Vaccination in Bombay 1902-1912 - 1902-1912
Year: 1902
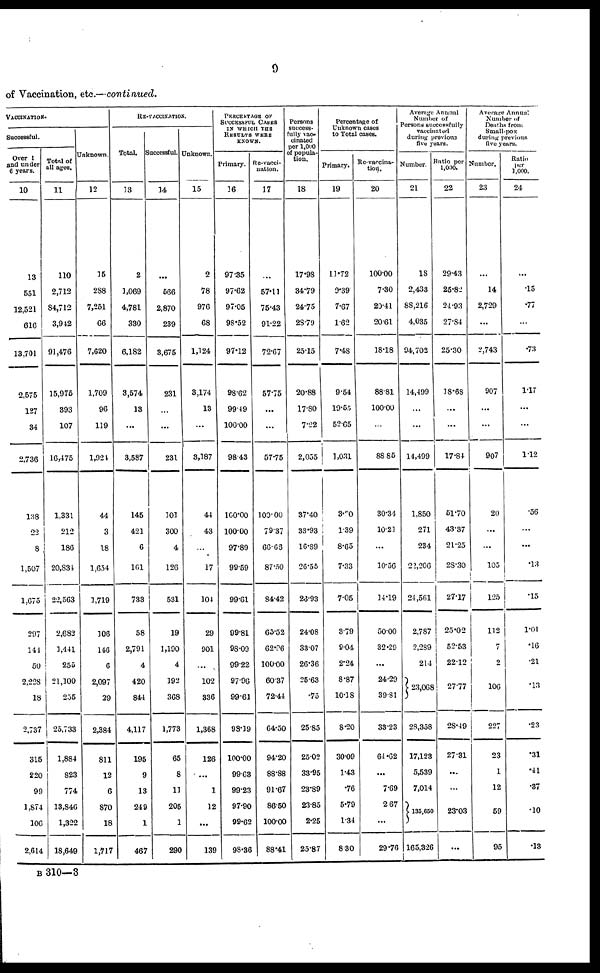
9
of Vaccination, etc.—continued.
VACCINATION.
Successful.
Over 1
and under
6 years.
10
13
551
12,521
616
13,701
2,575
127
34
2,736
138
22
8
1,507
1,675
297
141
50
2,228
18
2,737
315
220
99
1,874
106
2,614
Total of
all ages.
11
110
2,712
84,712
3,942
91,476
15,975
393
107
16,475
1,331
212
186
20,834
22,563
2,682
1,441
255
21,100
255
25,733
1,884
823
774
13,846
1,322
18,649
Unknown.
12
15
288
7,251
66
7,620
1,709
96
119
1,924
44
3
18
1,654
1,719
106
146
6
2,097
29
2,384
811
12
6
870
18
1,717
RE-VACCINATION.
Total.
13
2
1,069
4,781
330
6,182
3,574
13
...
3,587
115
421
6
161
733
58
2,791
4
420
844
4,117
195
9
13
249
1
467
Successful.
14
...
566
2,870
239
3,675
231
...
...
231
101
300
4
126
531
19
1,190
4
192
368
1,773
65
8
11
205
1
290
Unknown.
15
2
78
976
68
1,124
3,174
13
...
3,187
44
43
...
17
104
29
901
...
102
336
1,368
126
...
1
12
...
139
PERCENTAGE OF
SUCCESSFUL CASES
IN WHICH THE
RESULTS WERE
KNOWN.
Primary.
16
97.35
97.62
97.05
98.52
97.12
98.62
99.49
100.00
98.43
100.00
100.00
97.89
99.59
99.61
99.81
98.09
99.22
97.96
99.61
98.19
100.00
99.63
99.23
97.90
99.62
98.36
Re-vacci-
nation.
17
...
57.11
75.43
91.22
72.67
57.75
...
...
57.75
100.00
79.37
66.66
87.50
84.42
65.52
62.96
100.00
60.37
72.44
64.50
94.20
88.88
91.67
86.50
100.00
88.41
Persons
success-
fully vac-
cinated
per l,000
of popula-
tion.
18
17.98
34.79
24.75
28.79
25.15
20.88
17.80
7.22
2,055
37.40
33.93
16.89
26.55
26.93
24.08
33.07
26.36
25.63
.75
25.85
25.02
33.95
23.89
23.85
2.25
25.87
Percentage of
Unknown cases
to Total cases.
Primary.
19
11.72
9.39
7.67
1.62
7.48
9.54
19.55
52.65
1,031
3.20
1.39
8.65
7.33
7.05
3.79
9.04
2.24
8.87
10.18
8.20
30.09
1.43
.76
5.79
1.34
8.30
Re-vaccina¬
tion.
20
100.00
7.30
20.41
20.61
18.18
88.81
100.00
...
88.85
30.34
10.21
...
10.56
14.19
50.00
32.29
...
24.29
39.81
33.23
64.62
...
7.69
2.67
...
29.76
Average Annual
Number of
Persons successfully
vaccinated
during previous
five years.
Number.
21
18
2,433
88,216
4,035
94,702
14,499
...
...
14,499
1,850
271
234
22,206
24,561
2,787
2,239
214
23,068
28,358
17,123
5,539
7,014
135,650
165,326
Ratio per
1,000.
22
29.43
25.82
24.93
27.84
25.30
18.68
...
...
17.84
51.70
43.37
21.25
28.30
27.17
25.02
52.53
22.12
27.77
28.49
27.31
...
...
23.03
...
Average Annual
Number of
Deaths from
Small-pox
during previous
five years.
Number.
23
...
14
2,729
...
2,743
907
...
...
907
20
...
...
105
125
112
7
2
106
227
23
1
12
59
95
Ratio
per
1,000.
24
...
.15
.77
...
.73
1.17
...
...
1.12
.56
...
...
.13
.15
1.01
.16
.21
.13
.23
.31
.41
.37
.10
.13
B 310—3